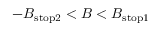
- B _ { \mathrm { s t o p 2 } } < B < B _ { \mathrm { s t o p 1 } }